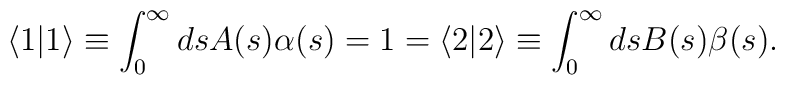
\langle1|1\rangle\equiv\int_{0}^{\infty}dsA(s)\alpha(s)=1=\langle2|2\rangle\equiv\int_{0}^{\infty}dsB(s)\beta(s).